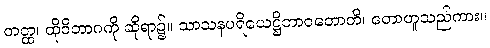
တတ္ထ၊ ထိုဝိဘာဂကို ဆိုရာ၌။ သာသနပရိယေဋ္ဌိဘာဝတောတိ၊ တောဟူသည်ကား။